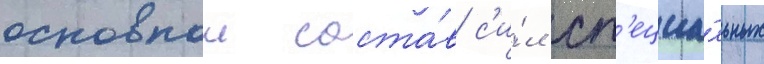
основнои соста́в с'и́л сп'ециа́льных